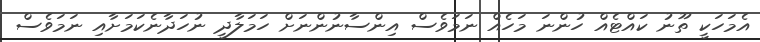
އެމަހަކީ ތޫނު ކައްޓެއް ހުންނަ މަހެއް ނަމަވެސް އިންސާނުންނަށް ހަމަލާދީ ނުހަދާނެކަމަށާއި ނަމަވެސް